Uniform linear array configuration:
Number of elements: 48
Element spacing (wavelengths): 0.75
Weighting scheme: binomial
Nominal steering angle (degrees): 15
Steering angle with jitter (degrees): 16.325
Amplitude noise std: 0.05
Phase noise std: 0.05

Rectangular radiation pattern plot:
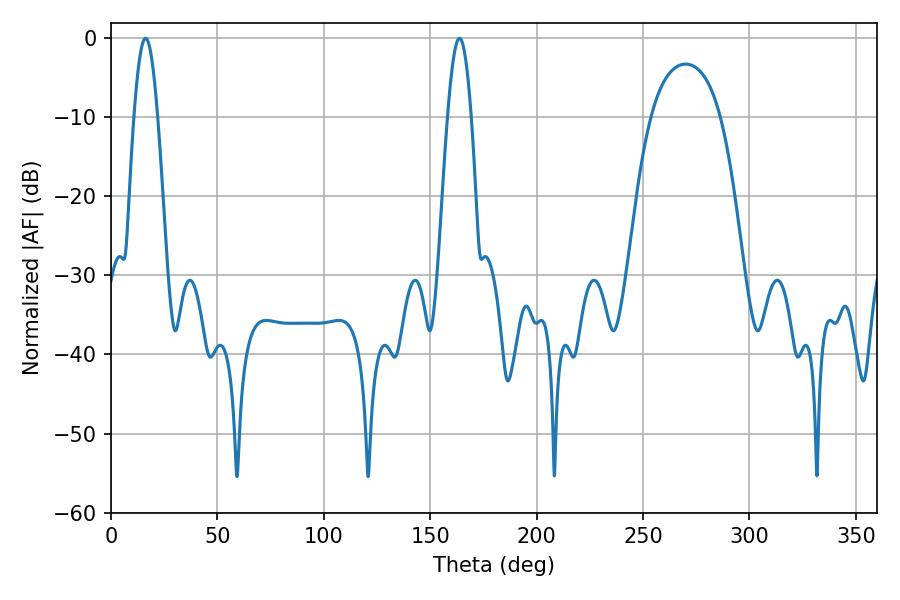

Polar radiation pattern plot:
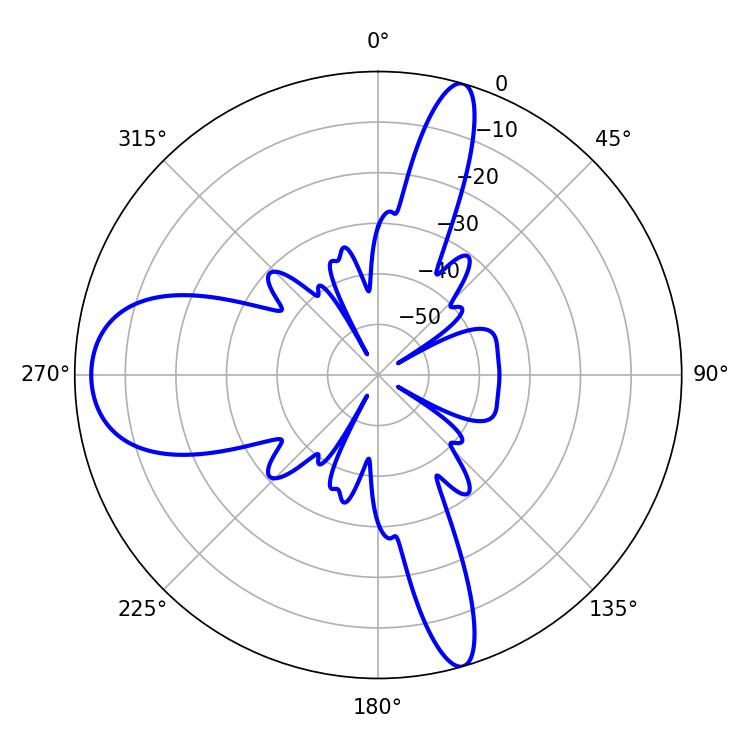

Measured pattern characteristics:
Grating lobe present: TRUE
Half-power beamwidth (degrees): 5.94
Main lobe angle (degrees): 163.8